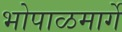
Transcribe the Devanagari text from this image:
भोपाळमार्गे